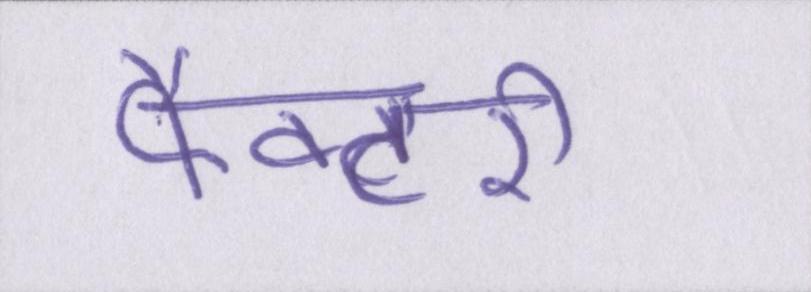
फैक्टरी